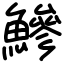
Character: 鰺